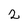
Character: 2